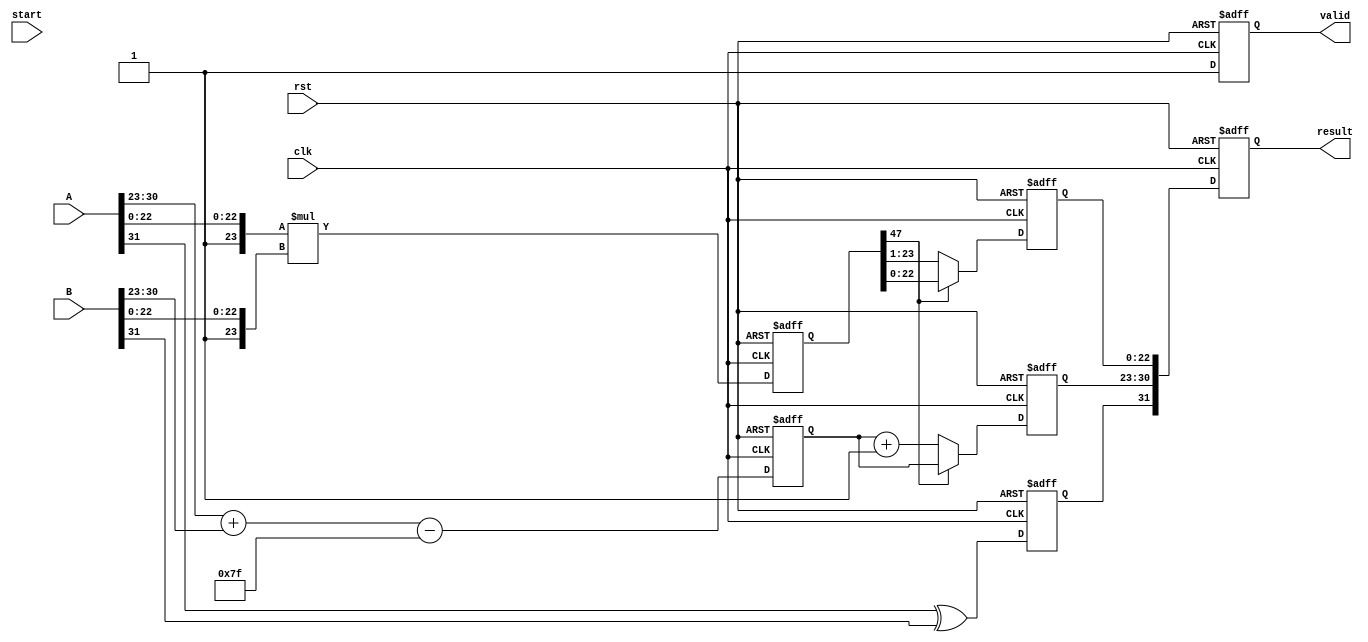
module fp_multiplier (
    input clk,
    input rst,
    input start,
    input [31:0] A, // Input floating-point A
    input [31:0] B, // Input floating-point B
    output reg [31:0] result, // Output floating-point result
    output reg valid // Result valid signal
);

    // IEEE 754 components
    wire signA = A[31];
    wire signB = B[31];
    wire [7:0] expA = A[30:23];
    wire [7:0] expB = B[30:23];
    wire [22:0] mantA = A[22:0];
    wire [22:0] mantB = B[22:0];

    reg sign_out;
    reg [7:0] exp_out;
    reg [47:0] mant_out; // 23 + 23 = 46, plus 1 for normalization
    reg [47:0] mant_mult;

    // Pipeline registers
    reg [31:0] stage1_A, stage1_B;
    reg stage2_sign;
    reg [7:0] stage3_exp;
    reg [47:0] stage4_mant;

    // Bias for single-precision floating-point
    localparam BIAS = 8'd127;

    // Stage 1: Input Register
    always @(posedge clk or posedge rst) begin
        if (rst) begin
            stage1_A <= 32'b0;
            stage1_B <= 32'b0;
        end else if (start) begin
            stage1_A <= A;
            stage1_B <= B;
        end
    end

    // Stage 2: Sign Calculation
    always @(posedge clk or posedge rst) begin
        if (rst) begin
            stage2_sign <= 1'b0;
        end else begin
            stage2_sign <= signA ^ signB; // XOR for sign
        end
    end

    // Stage 3: Exponent Calculation
    always @(posedge clk or posedge rst) begin
        if (rst) begin
            stage3_exp <= 8'b0;
        end else begin
            stage3_exp <= expA + expB - BIAS; // Add exponents and adjust bias
        end
    end

    // Stage 4: Mantissa Multiplication
    always @(posedge clk or posedge rst) begin
        if (rst) begin
            stage4_mant <= 48'b0;
        end else begin
            mant_mult = {1'b1, mantA} * {1'b1, mantB}; // Multiply mantissas with implicit leading 1
            stage4_mant <= mant_mult;
        end
    end

    // Stage 5: Normalization
    always @(posedge clk or posedge rst) begin
        if (rst) begin
            mant_out <= 48'b0;
            exp_out <= 8'b0;
        end else begin
            // Normalize the mantissa
            if (stage4_mant[47]) begin
                mant_out <= stage4_mant[46:0]; // Already normalized
                exp_out <= stage3_exp;
            end else begin
                mant_out <= stage4_mant[46:1]; // Shift right
                exp_out <= stage3_exp + 1; // Increment exponent
            end
        end
    end

    // Stage 6: Rounding (simplified)
    always @(posedge clk or posedge rst) begin
        if (rst) begin
            result <= 32'b0;
            valid <= 1'b0;
        end else begin
            // Rounding logic can be added here
            // For simplicity, we will just truncate
            result <= {stage2_sign, exp_out, mant_out[22:0]}; // Combine sign, exponent, and mantissa
            valid <= 1'b1; // Indicate result is valid
        end
    end

endmodule